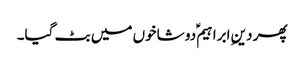
پھر دینِ ابراہیم ؑدو شاخوں میں بٹ گیا۔